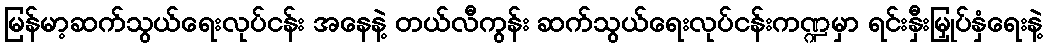
မြန်မာ့ဆက်သွယ်ရေးလုပ်ငန်း အနေနဲ့ တယ်လီကွန်း ဆက်သွယ်ရေးလုပ်ငန်းကဏ္ဍမှာ ရင်းနှီးမြှုပ်နှံရေးနဲ့